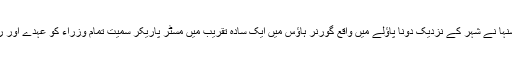
گوا کی گورنر مردلا سنہا نے شہر کے نزدیک دونا پاؤلے میں واقع گورنر ہاؤس میں ایک سادہ تقریب میں مسٹر پاریکر سمیت تمام وزراء کو عہدے اور رازداری کا حلف دلا یا۔